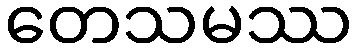
တေသမဿ